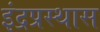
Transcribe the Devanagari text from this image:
इंद्रप्रस्थास